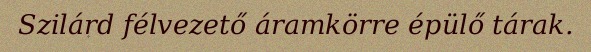
Szilárd félvezető áramkörre épülő tárak.